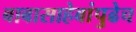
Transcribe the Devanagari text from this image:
बाबासाहेबांपुढेच